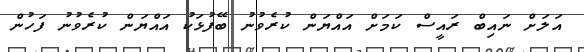
އަލަށް ނައިބް ރައީސް ކަމަށް އައްޔަން ކުރެވުނު ބޭފުޅަކު އައްޔަން ކުރެވުނު ފަހުން